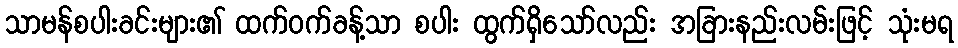
သာမန်စပါးခင်းများ၏ ထက်ဝက်ခန့်သာ စပါး ထွက်ရှိသော်လည်း အခြားနည်းလမ်းဖြင့် သုံးမရ